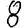
Digit: 8